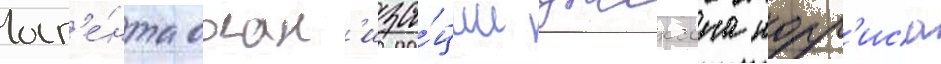
аг'е́нта орган'иза́ции джексона норр'иса